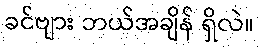
ခင်ဗျား ဘယ်အချိန် ရှိလဲ။